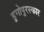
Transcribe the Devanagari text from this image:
हुगोपुरस्कार